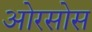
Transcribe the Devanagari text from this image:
ओरसोस